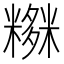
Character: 𥼫